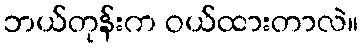
ဘယ်တုန်းက ဝယ်ထားတာလဲ။